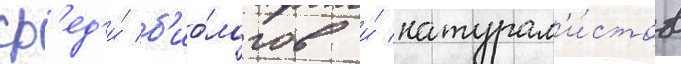
ср'ед'и́ б'ио́логов и́ натурал'и́стов